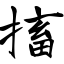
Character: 搐